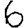
Digit: 6